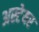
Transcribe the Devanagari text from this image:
अस्टेयर